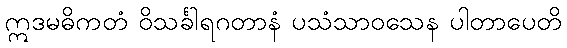
ဣဒမဓိကတံ ဝိသင်္ခါရဂတာနံ ပသံသာဝသေန ပါတာပေတိ